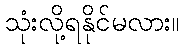
သုံးလို့ရနိုင်မလား။